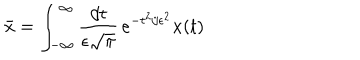
\bar { x } = \int _ { - \infty } ^ { \infty } { \frac { d t } { \epsilon \sqrt { \pi } } } \, e ^ { - t ^ { 2 } / \epsilon ^ { 2 } } x ( t )